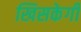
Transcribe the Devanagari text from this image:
खिसकेगी